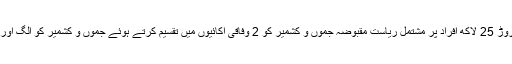
بھارتی حکومت نے ایک کروڑ 25 لاکھ افراد پر مشتمل ریاست مقبوضہ جموں و کشمیر کو 2 وفاقی اکائیوں میں تقسیم کرتے ہوئے جموں و کشمیر کو الگ اور لداخ کو الگ اکائی بنایا تھا۔